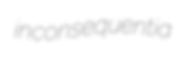
inconsequentia